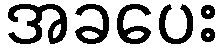
အခပေး